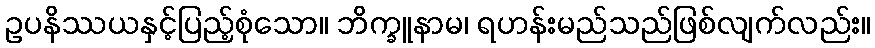
ဥပနိဿယနှင့်ပြည့်စုံသော။ ဘိက္ခူနာမ၊ ရဟန်းမည်သည်ဖြစ်လျက်လည်း။